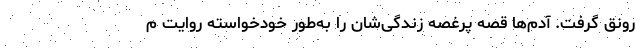
رونق گرفت. آدم‌ها قصه پرغصه زندگی‌شان را به‌طور خودخواسته روایت م